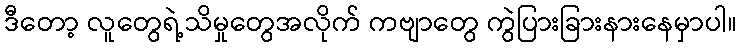
ဒီတော့ လူတွေရဲ့သိမှုတွေအလိုက် ကဗျာတွေ ကွဲပြားခြားနားနေမှာပါ။